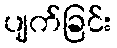
ပျက်ခြင်း